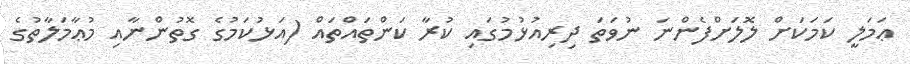
ޢަމަލީ ކަމަކަށް ލޮލަށްފެންނަ ނުވަތަ ދިރިއުޅުމުގައި ކުރާ ކަންތައްތައް (އަޅުކަމުގެ ގޮތުންނާއި މުޢާމަލާތުގެ